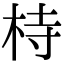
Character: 㭙